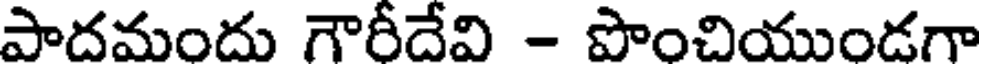
పాదమందు గౌరీదేవి - పొంచియుండగా